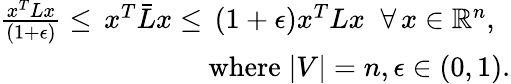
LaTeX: \begin{array}{r}{\frac{x^{T}Lx}{(1+\epsilon)}\leq\, x^{T}\bar{L}x\leq\, (1+\epsilon)x^{T}Lx\; \; \forall\, x\in\mathbb{R}^{n},\; \; }\\ {\textrm{where}\; \vert V\vert=n,\epsilon\in(0,1).}\end{array}